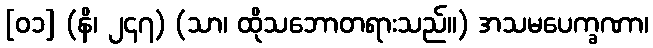
[၀၁] (နိ၊ ၂၄၇) (သာ၊ ထိုသဘောတရားသည်။) အသမပေက္ခဏာ၊